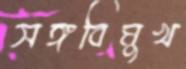
সঙ্গবিমুখ